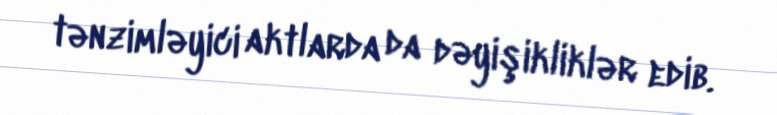
tənzimləyici aktlarda da dəyişikliklər edib.